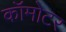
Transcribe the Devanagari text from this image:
कॉमोटर